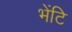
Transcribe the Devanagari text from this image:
भेंटि